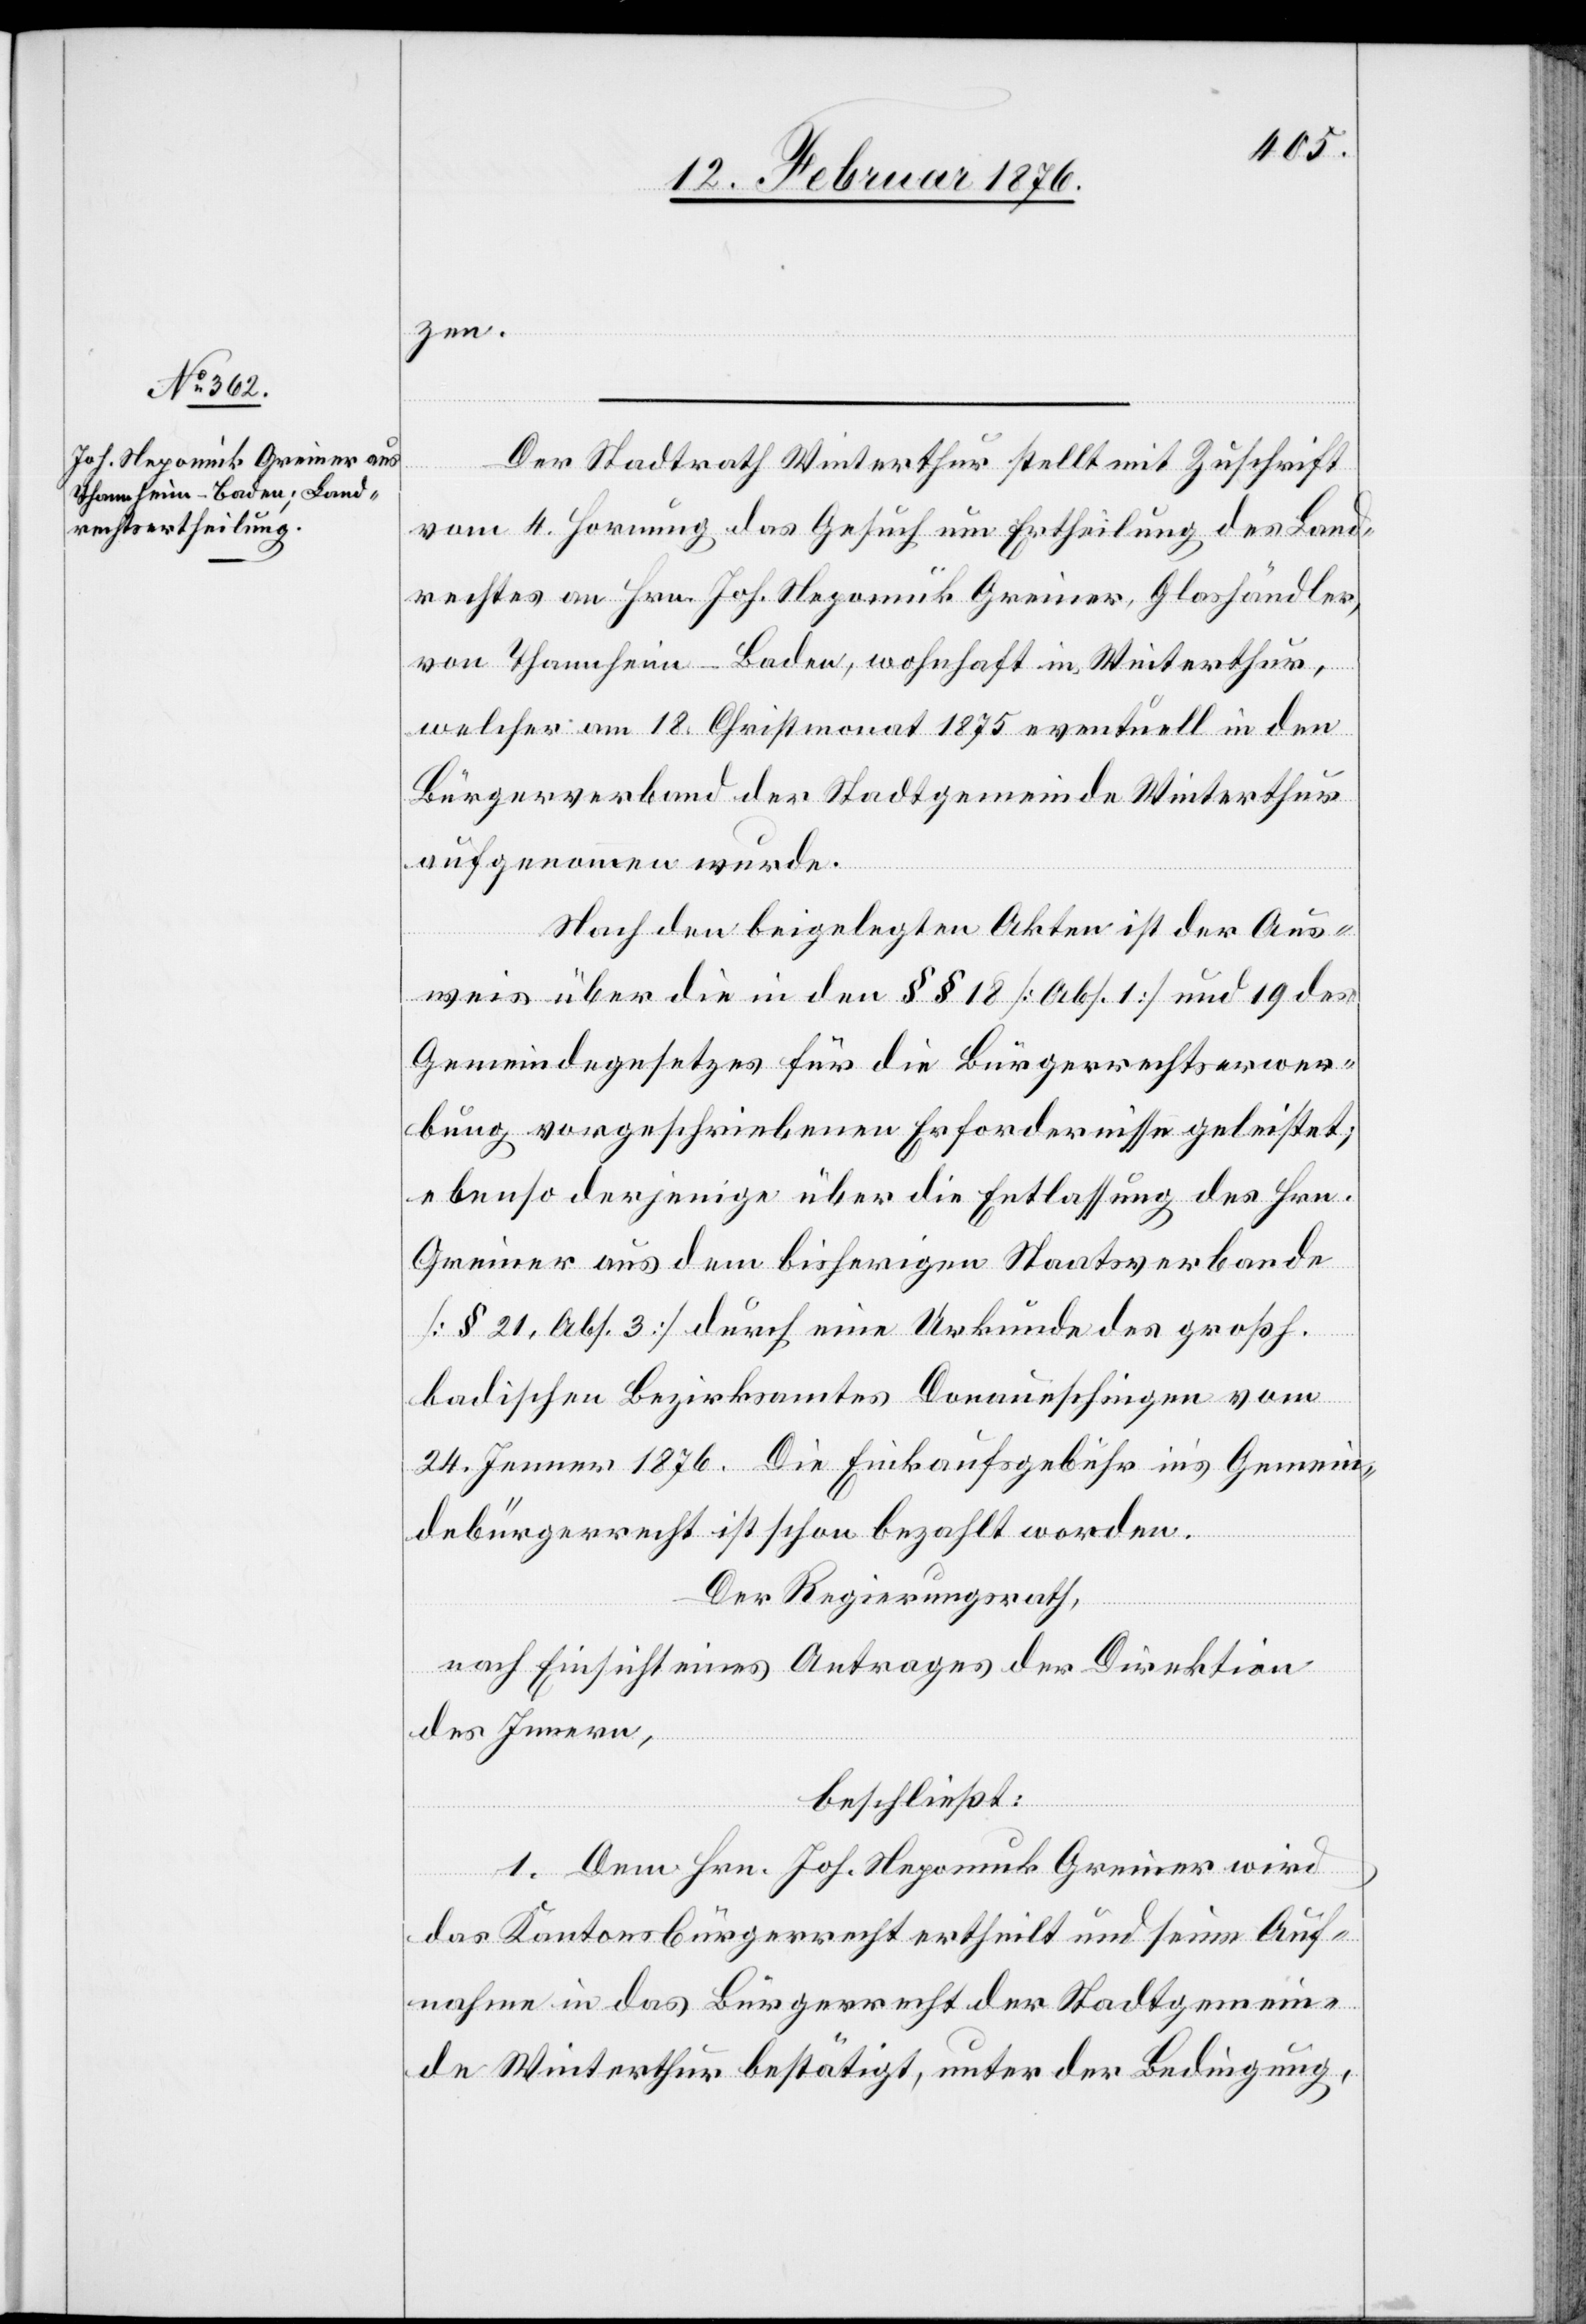
zen.
Der Stadtrath Winterthur stellt mit Zuschrift
vom 4. Hornung das Gesuch um Ertheilung des Land¬
rechtes an Hrn. Joh. Nepomuk Greiner, Glashändler,
von Thannheim - Baden, wohnhaft in Winterthur,
welcher am 18. Christmonat 1875 eventuell in den
Bürgerverband der Stadtgemeinde Winterthur
aufgenommen wurde.
Nach den beigelegten Akten ist der Aus¬
weis über die in den §§ 18 [Abs. 1] und 19 des
Gemeindegesetzes für die Bürgerrechtserwer¬
bung vorgeschriebenen Erfordernisse geleistet;
ebenso derjenige über die Entlassung des Hrn.
Greiner aus dem bisherigen Staatsverbande
[§ 21, Abs. 3] durch eine Urkunde des großh.
badischen Bezirksamtes Donaueschingen vom
24. Jenner 1876. Die Einkaufsgebühr ins Gemein¬
debürgerrecht ist schon bezahlt worden.
Der Regierungsrath,
nach Einsicht eines Antrages der Direktion
des Innern,
beschließt:
1 Dem Hrn. Joh. Nepomuk Greiner wird
das Kantonsbürgerrecht ertheilt und seine Auf¬
nahme in das Bürgerrecht der Stadtgemein¬
de Winterthur bestätigt, unter der Bedingung,